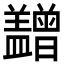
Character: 𥃙